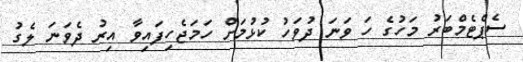
ސެޕްޓެމްބަރު މަހުގެ ހަ ވަނަ ދުވަހު ކުޅުމަށް ހަމަޖެހިފައިވާ އިރު ދެވަނަ ލެގު